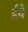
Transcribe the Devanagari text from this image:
ईये